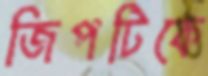
জিপটিকে